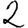
Digit: 2